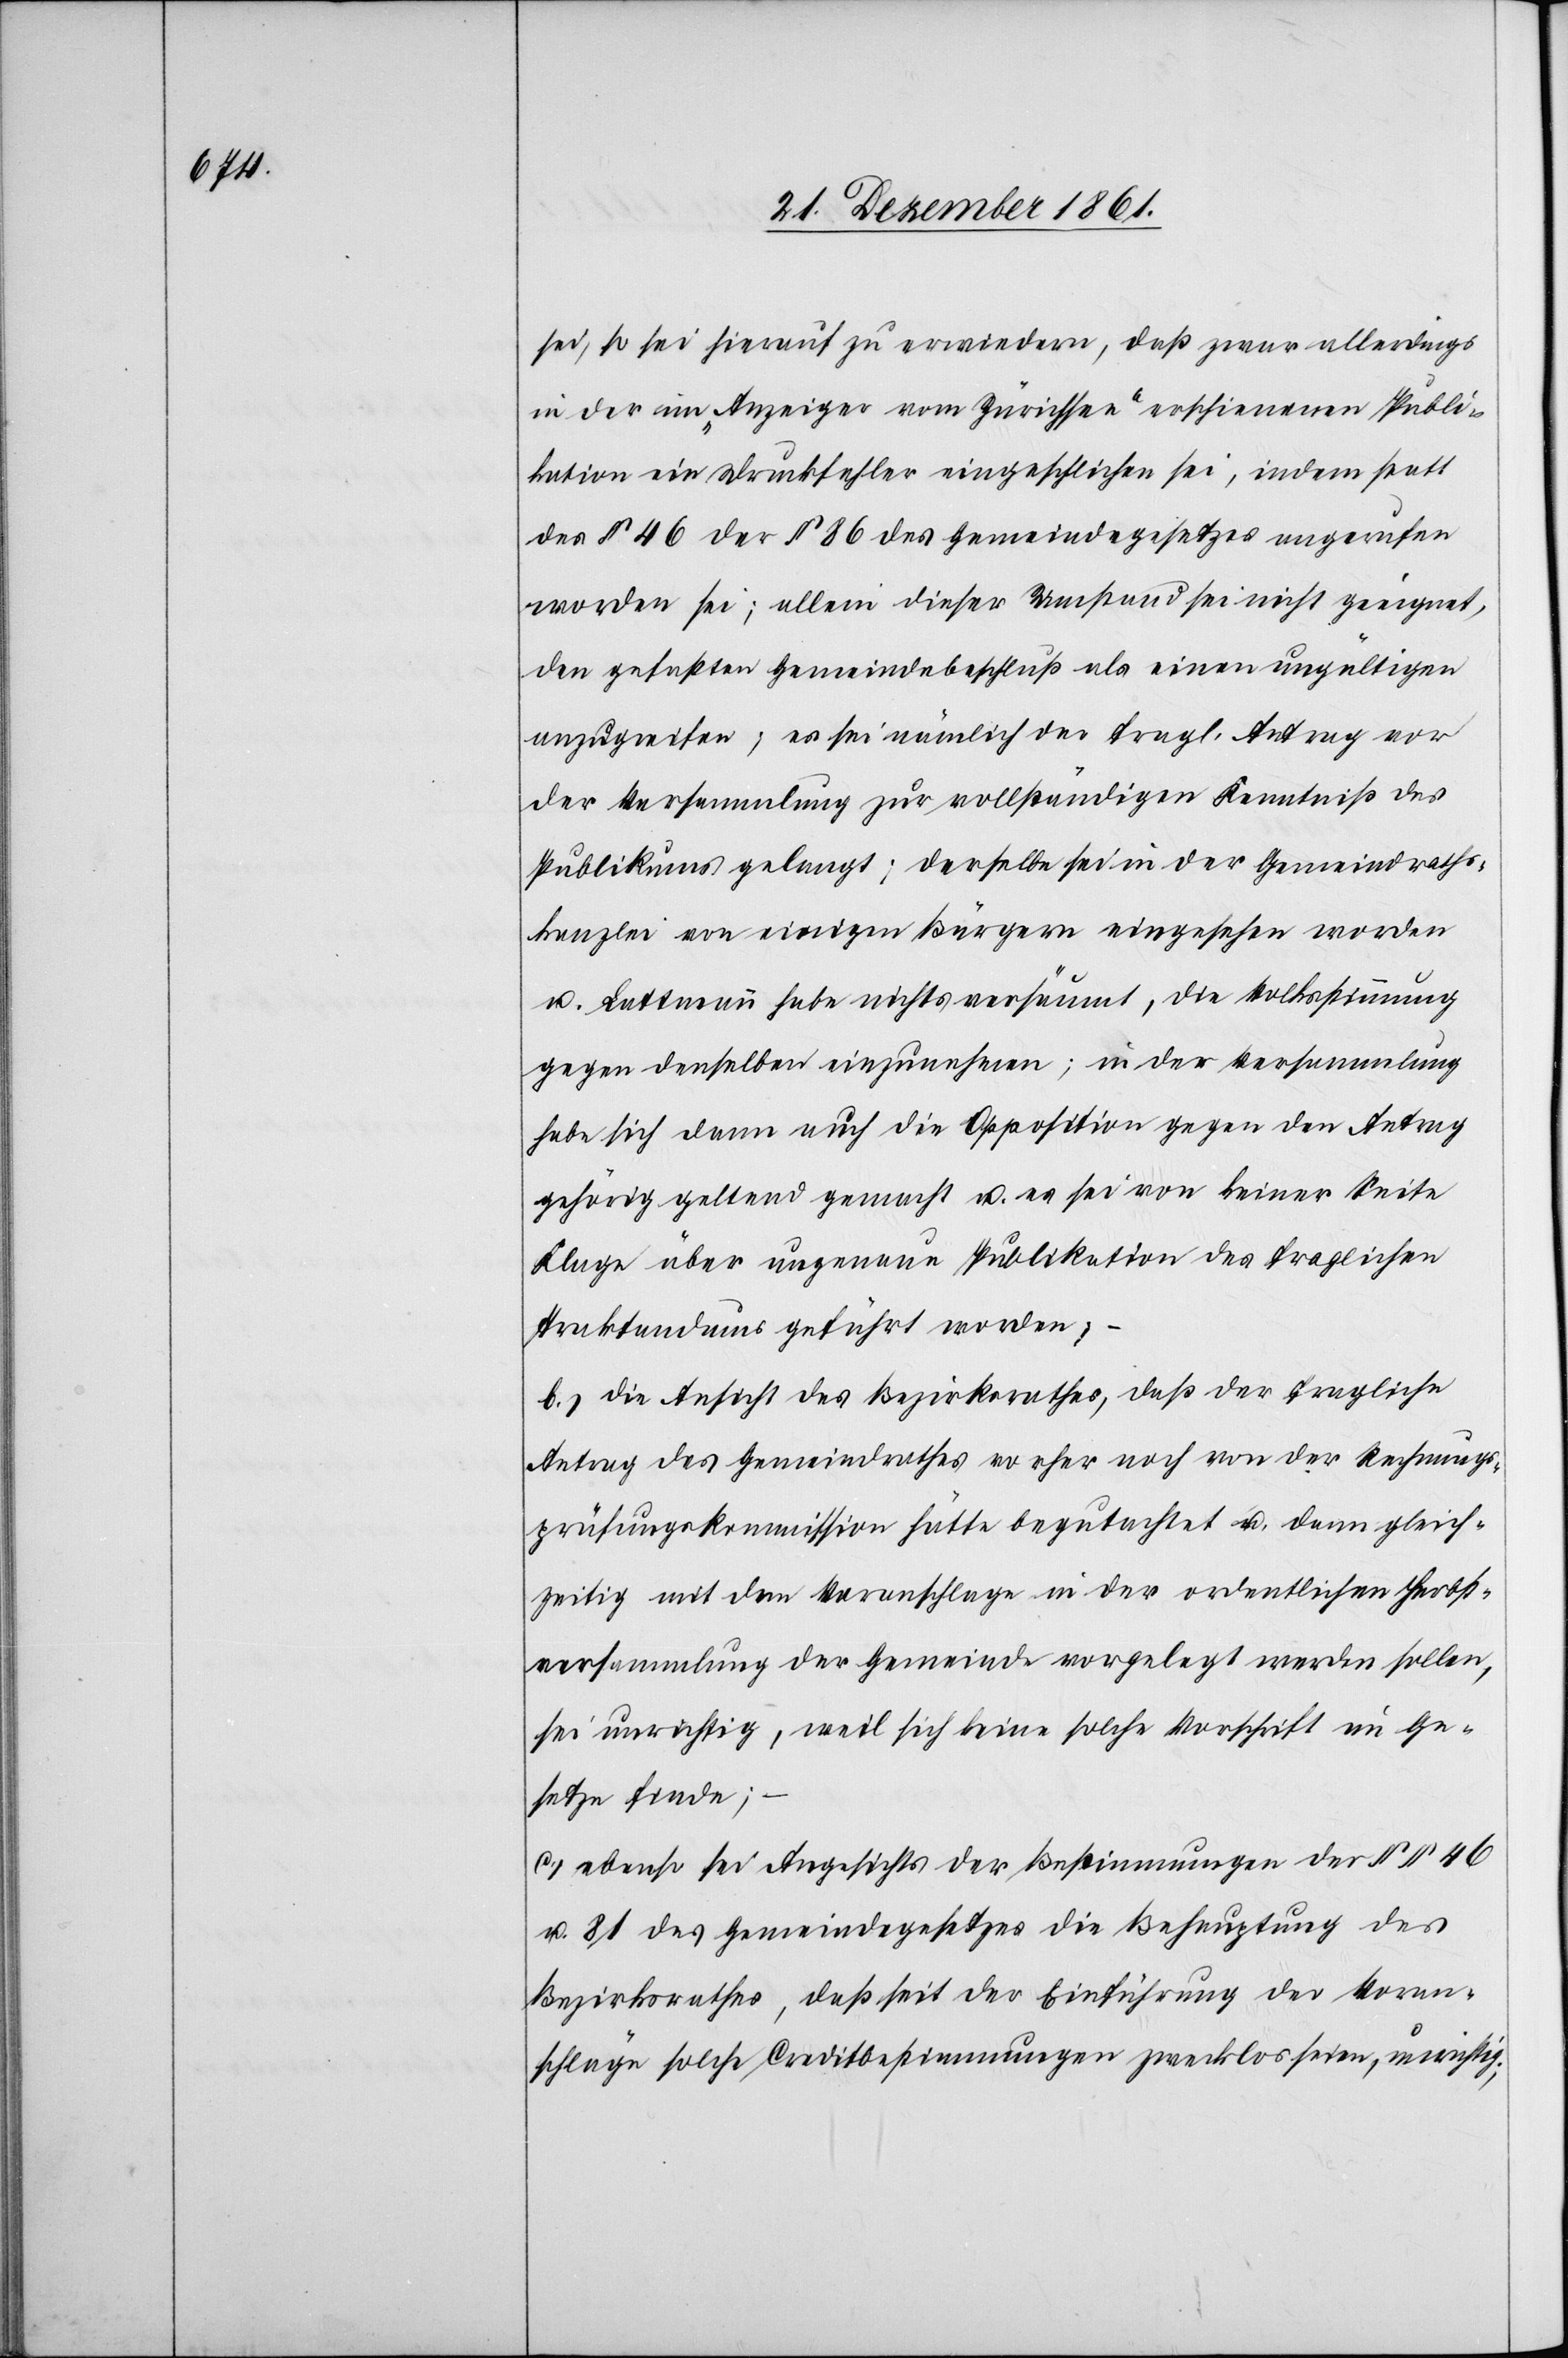
sei, so sei hierauf zu erwiedern, daß zwar allerdings
in der im „Anzeiger vom Zürichsee“ erschienenen Publi¬
kation ein Druckfehler eingeschlichen sei, indem statt
des § 46 der § 86 des Gemeindegesetzes angerufen
worden sei; allein dieser Umstand sei nicht geeignet,
den gefaßten Gemeindebeschluß als einen ungültigen
anzugreifen, es sei nämlich der fragl. Antrag vor
der Versammlung zur vollständigen Kenntniß des
Publikums gelangt; derselbe sei in der Gemeindraths¬
kanzlei von einigen Bürgern eingesehen worden
u. Lattmann habe nicht versäumt, die Volksstimmung
gegen denselben einzunehmen; in der Versammlung
habe sich dann auch die Opposition gegen den Antrag
gehörig geltend gemacht u. es sei von keiner Seite
Klage über ungenaue Publikation des fraglichen
Traktandums geführt worden;
b.) die Ansicht des Bezirksrathes, daß der fragliche
Antrag des Gemeindrathes so eher noch von der Rechnungs¬
prüfungskommission hätte begutachtet u. dann gleich¬
zeitig mit dem Voranschlage in der ordentlichen Herbst¬
versammlung der Gemeinde vorgelegt werden sollen,
sei unrichtig, weil sich keine solche Vorschrift im Ge¬
setze finde; –
c.) ebenso sei Angesichts der Bestimmungen der §§ 46
u. 81 des Gemeindegesetzes die Behauptung des
Bezirksrathes, daß seit der Einführung der Voran¬
schläge solche Creditbestimmungen zwecklos seien, unrichtig;